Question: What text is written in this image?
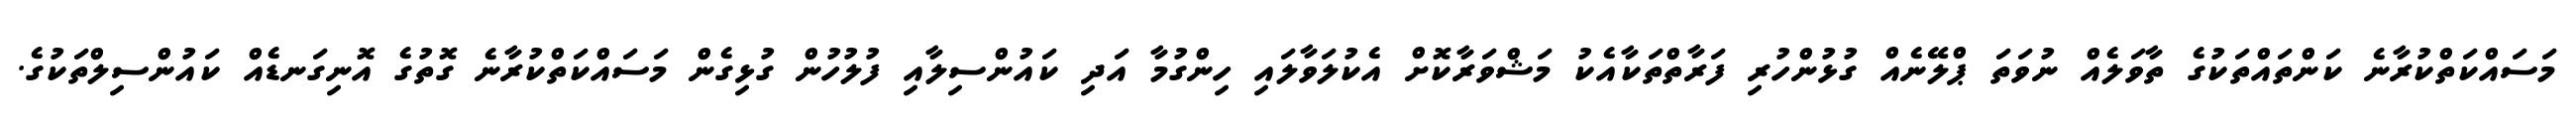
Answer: މަސައްކަތްކުރާނެ ކަންތައްތަކުގެ ތާވަލެއް ނުވަތަ ޕްލޭނެއް ގުޅުންހުރި ފަރާތްތަކާއެކު މަޝްވަރާކޮށް އެކުލަވާލައި ހިންގުމާ އަދި ކައުންސިލާއި ފުލުހުން ގުޅިގެން މަސައްކަތްކުރާނެ ގޮތުގެ އޮނިގަނޑެއް ކައުންސިލްތަކުގެ.